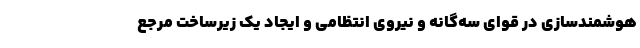
هوشمندسازی در قوای سه‌گانه و نیروی انتظامی و ایجاد یک زیرساخت مرجع